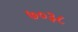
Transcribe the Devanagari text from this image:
७०३८